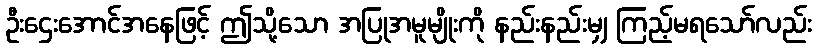
ဦးဌေးအောင်အနေဖြင့် ဤသို့သော အပြုအမူမျိုးကို နည်းနည်းမျှ ကြည့်မရသော်လည်း